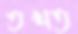
তখত